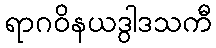
ရာဂဝိနယဒွါဒသကီ